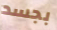
بجسد